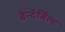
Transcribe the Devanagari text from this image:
वेर्न्देर्बिल्ट